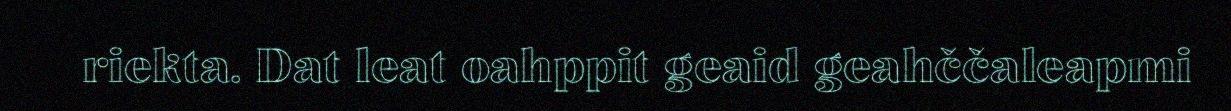
riekta. Dat leat oahppit geaid geahččaleapmi